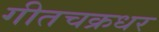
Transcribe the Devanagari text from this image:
गीतचक्रधर